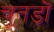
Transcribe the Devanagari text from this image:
चूतड़ों